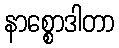
နာစ္စောဒါတာ